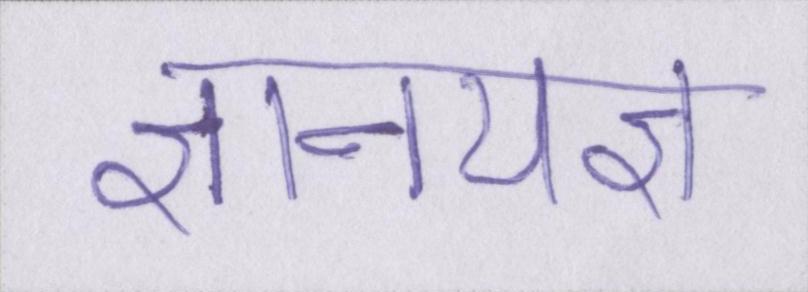
ज्ञानयज्ञ